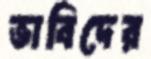
ভাবিদের